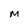
Character: M